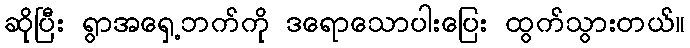
ဆိုပြီး ရွာအရှေ့ဘက်ကို ဒရောသောပါးပြေး ထွက်သွားတယ်။